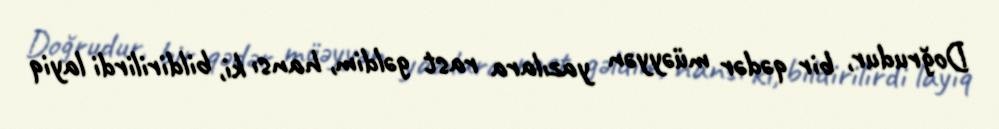
Doğrudur, bir qədər müəyyən yazılara rast gəldim, hansı ki, bildirilirdi layiq